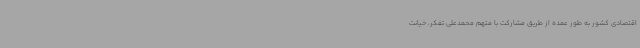
اقتصادی کشور به طور عمده از طریق مشارکت با متهم محمدعلی تفکر، خیانت